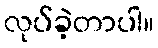
လုပ်ခဲ့တာပါ။